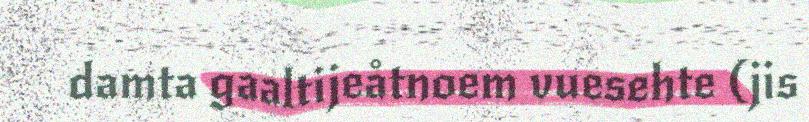
damta gaaltijeåtnoem vuesehte (jis